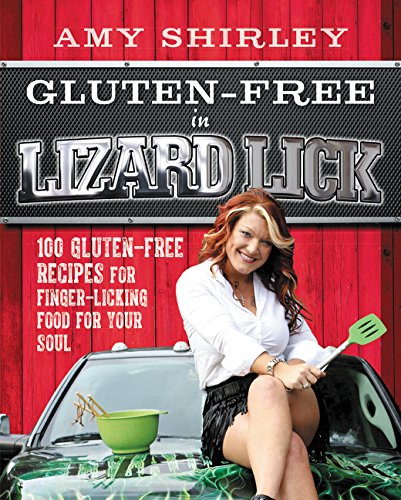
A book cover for Gluten-Free in Lizard Lick: 100 Gluten-Free Recipes for Finger-Licking Food for Your Soul; Amy Shirley; Cookbooks, Food & Wine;